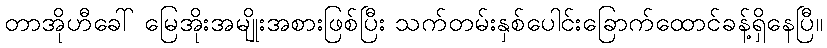
တာအိုဟီခေါ် မြေအိုးအမျိုးအစားဖြစ်ပြီး သက်တမ်းနှစ်ပေါင်းခြောက်ထောင်ခန့်ရှိနေပြီ။